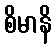
စိမာနိ